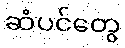
ဆံပင်တွေ